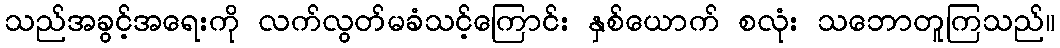
သည်အခွင့်အရေးကို လက်လွတ်မခံသင့်ကြောင်း နှစ်ယောက် စလုံး သဘောတူကြသည်။